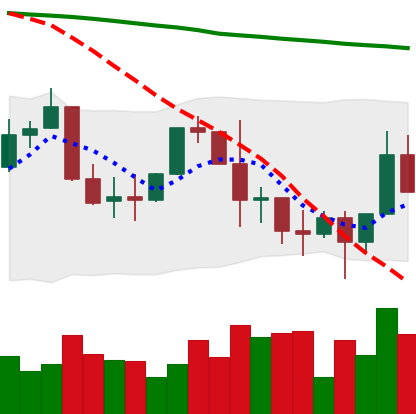
Ticker: XLM-USD
Chart end date: 2022-01-13
Forward return: -5.754%
Label: down_5_7